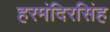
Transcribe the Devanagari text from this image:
हरमंदिरसिंह